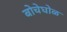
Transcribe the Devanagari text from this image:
बोचेघोळ